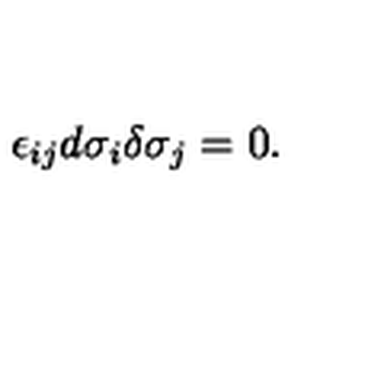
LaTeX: \epsilon _ { i j } d \sigma _ { i } \delta \sigma _ { j } = 0 .